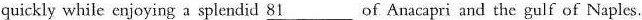
quickly while cnjoying a splendid \underline{81} of Anacapri and the gulf of Naples.